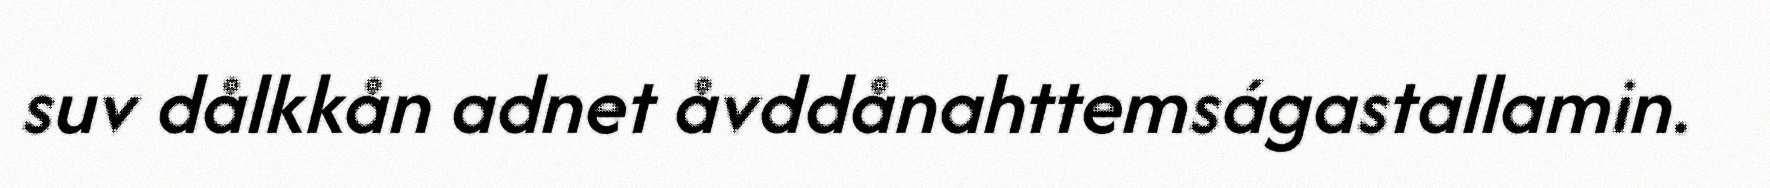
suv dålkkån adnet åvddånahttemságastallamin.